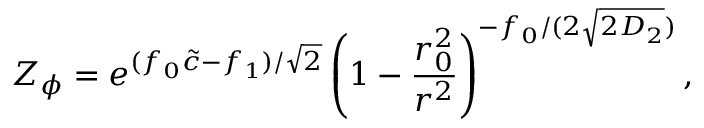
Z _ { \phi } = e ^ { ( f _ { 0 } \tilde { c } - f _ { 1 } ) / \sqrt { 2 } } \left( 1 - \frac { r _ { 0 } ^ { 2 } } { r ^ { 2 } } \right) ^ { - f _ { 0 } / ( 2 \sqrt { 2 D _ { 2 } } ) } ,